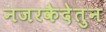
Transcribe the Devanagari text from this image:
नजरकैदेतुन